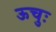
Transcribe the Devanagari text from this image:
ऊचुः